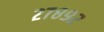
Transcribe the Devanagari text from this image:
२७८९२